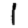
Digit: 1